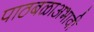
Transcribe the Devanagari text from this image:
पाठबळाअभावी